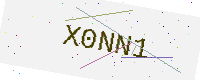
Text: X0NN1